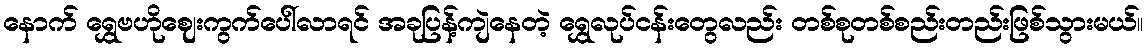
နောက် ရွှေဗဟိုဈေးကွက်ပေါ်လာရင် အခုပြန့်ကျဲနေတဲ့ ရွှေလုပ်ငန်းတွေလည်း တစ်စုတစ်စည်းတည်းဖြစ်သွားမယ်။